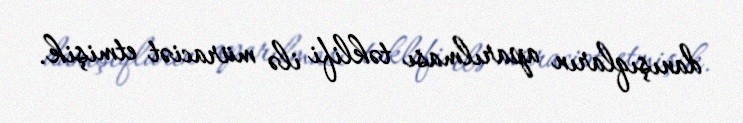
danışıqların aparılması təklifi ilə müraciət etmişik.